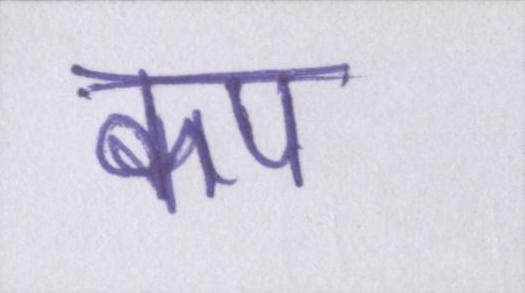
कप